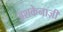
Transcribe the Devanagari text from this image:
अशकेनाज़ी